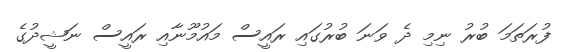
ފުރަތަމަ ބުރު ނިމި ދެ ވަނަ ބުރުގައި ރައީސް މައުމޫނާއި ރައީސް ނަޝީދުގެ